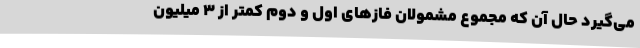
می‌گیرد حال آن که مجموع مشمولان فازهای اول و دوم کمتر از 3 میلیون